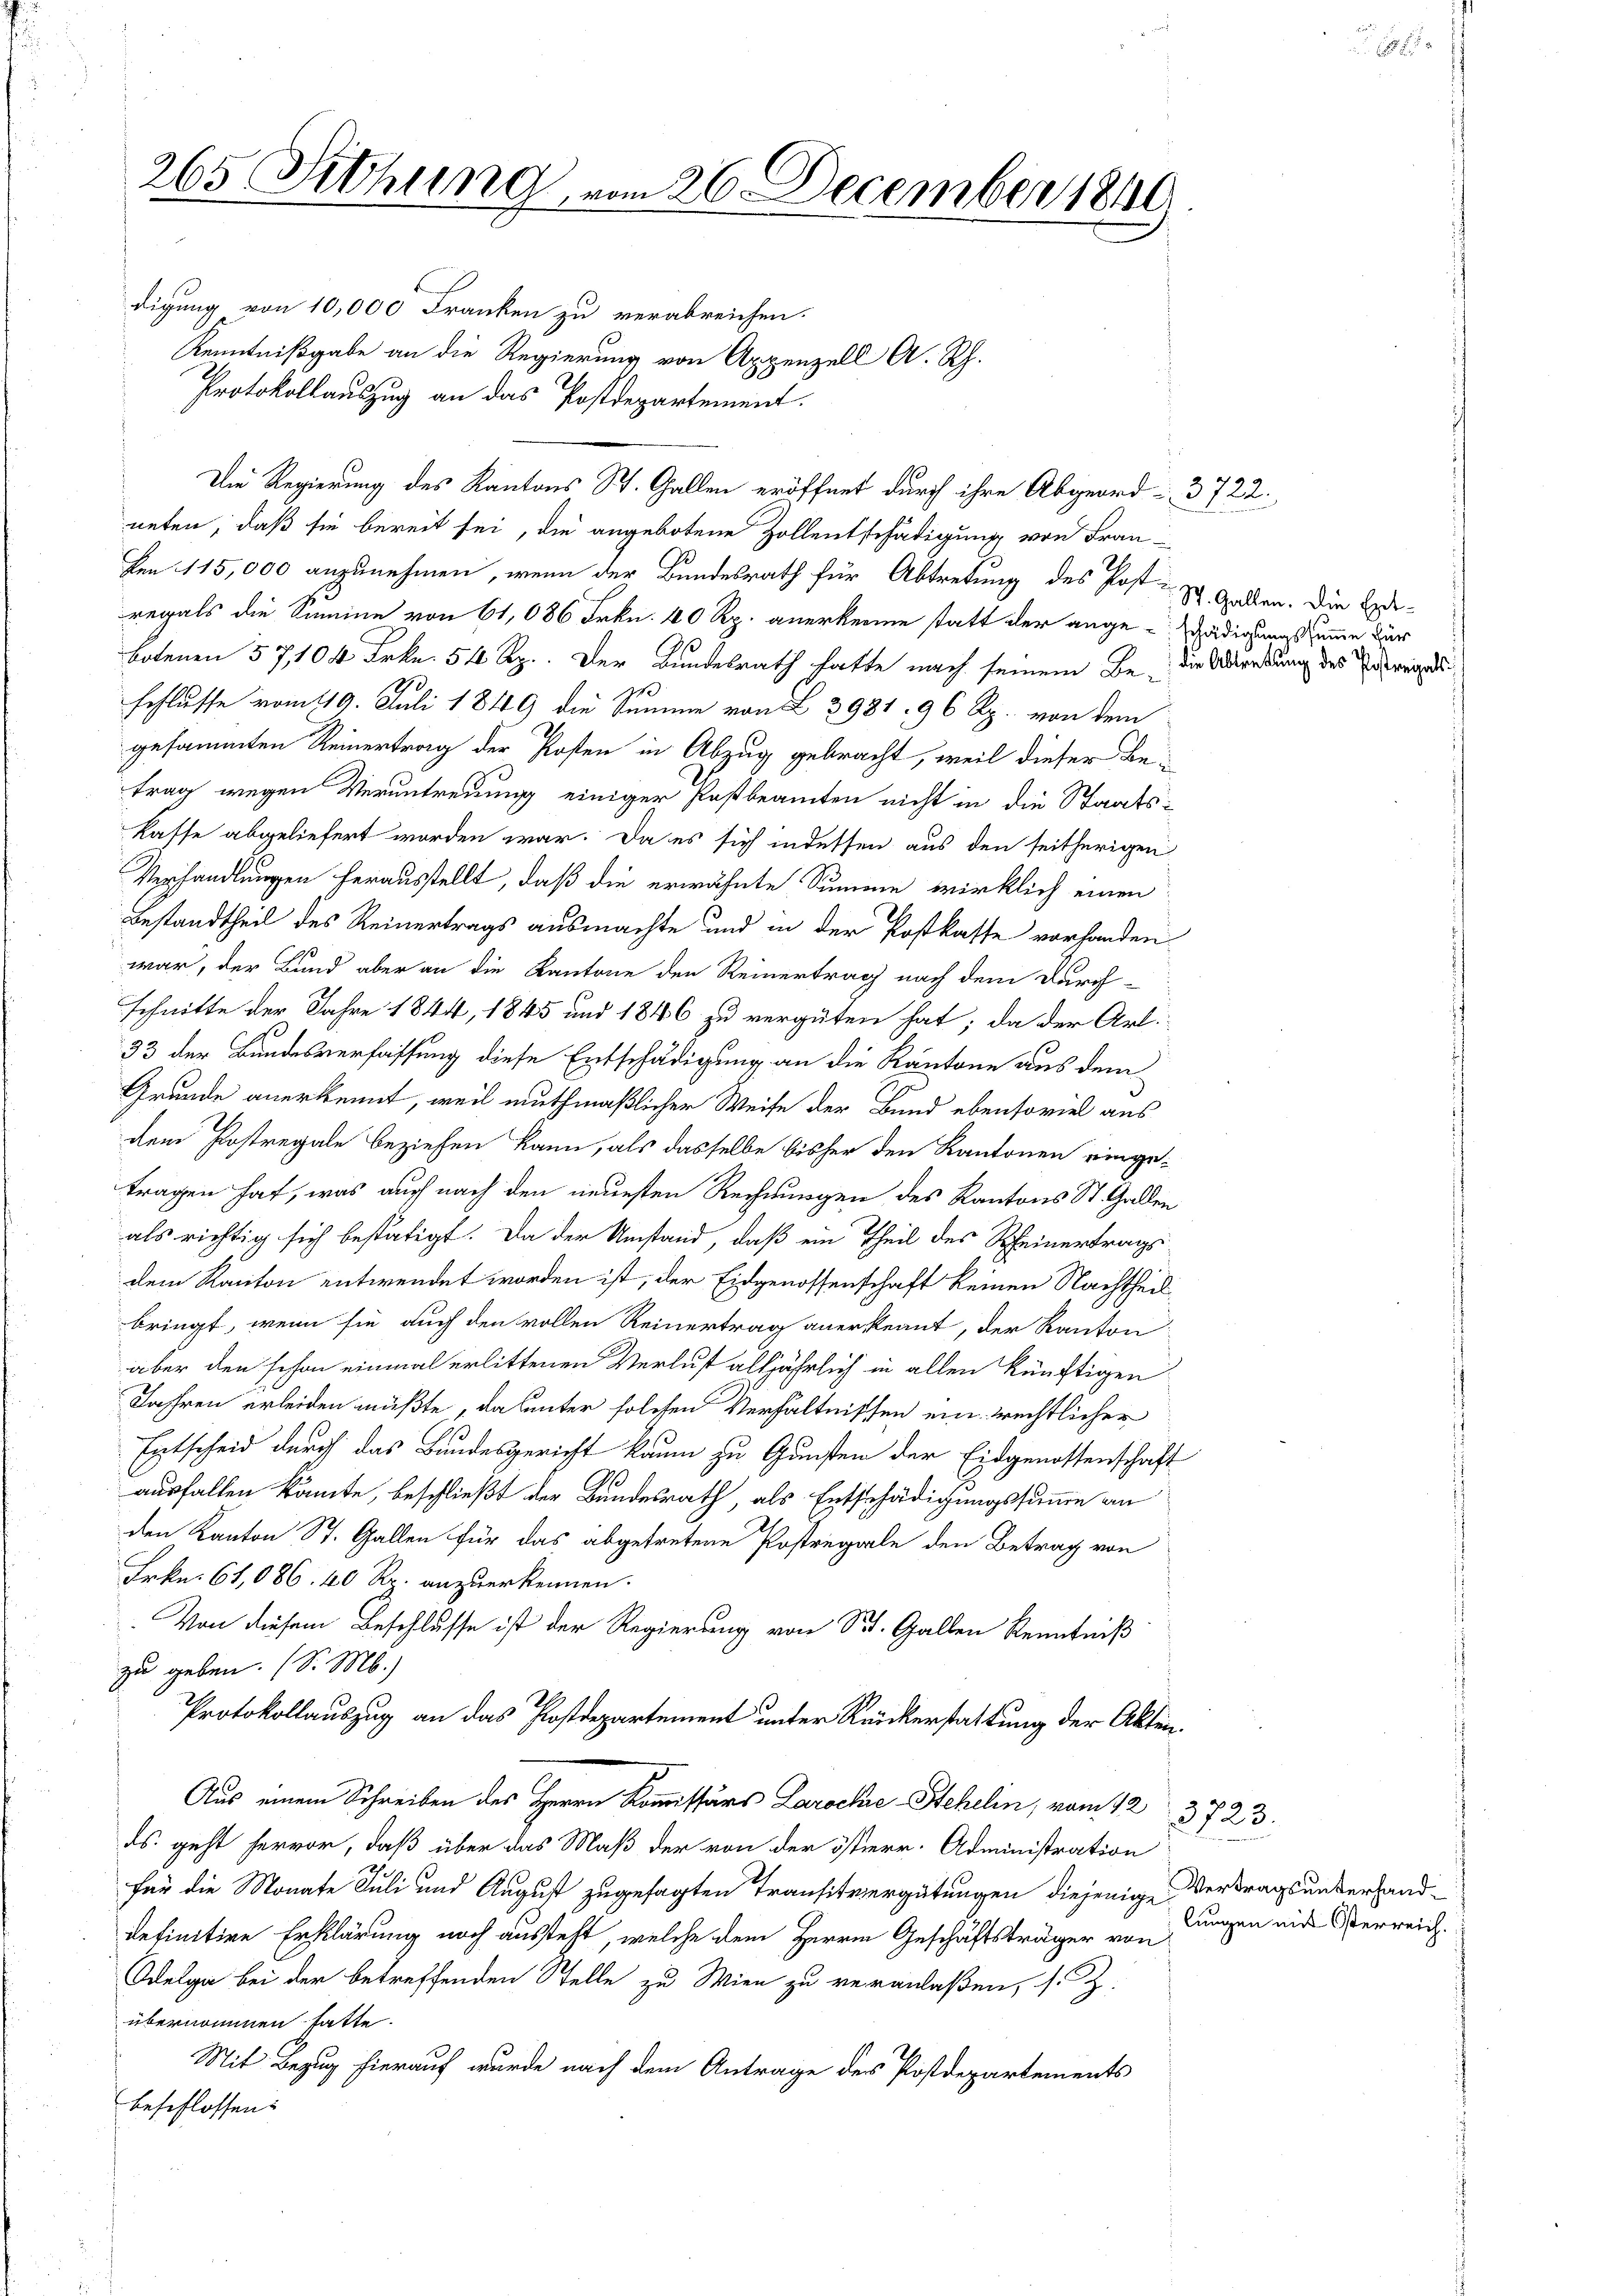
digung von 10,000 Franken zu verabreichen.
Kenntnißgabe an die Regierung von Appenzell A. Rh.
Protokollauszug an das Postdepartement.
neten, daß sie bereit sei, die angebotene Zollentschädigung von Fran-
Den 115,000 anzunehmen, wenn der Bundesrath für Abtretung des Post-
regals die Summe von 61,086 Frkn. 40 Rp. anerkenne statt der ange-ädigungssumme für
botenen 57,104 Frkn. 54 Rp. Der Bundesrath hatte nach seinem Be- die Abredung des Ereigel
schlusse vom 19. Juli 1849 die Summe von § 3981. 96 Rp. von dem
gesammten Reinertrag der Posten in Abzug gebracht, weil dieser Betrag wegen Veruntreuung einiger Postbeamten nicht in die Staatskasse abgeliefert worden war. Da es sich indessen aus den seitherigen
Verhandlungen herausstellt, daß die erwähnte Summe wirklich einen
Bestandtheil des Reinertrags ausmachte und in der Postkasse vorhanden
war, der Bund aber an die Kantone den Reinertrag nach dem Durch-
schnitte der Jahre 1844, 1845 und 1846 zu vergüten hat; da der Art.
33 der Bundesverfassung diese Entschädigung an die Kantone aus dem
Grunde anerkennt, weil muthmaßlicher Weise der Bund ebensoviel aus
dem Postregale beziehen kann, als dasselbe bisher den Kantonen einge-
tragen hat, was auch nach den neuesten Rechnungen des Kantons St. Gallen
als richtig sich bestätigt. Da der Umstand, daß ein Theil des Rheinertrags
dem Kanton entwendet worden ist, der Eidgenossenschaft keinen Nachtheil
bringt, wenn sie auch den vollen Reinertrag anerkennt, der Kanton
aber den schon einmal erlittenen Verlust alljährlich in allen künftigen
Jahren erleiden müßte, da unter solchen Verhältnissen ein rechtlicher
Entscheid durch das Bundesgericht kaum zu Gunsten der Eidgenossenschaft
ausfallen könnte, beschließt der Bundesrath, als Entschädigungssumme an
den Kanton St. Gallen für das abgetretene Postregale den Betrag von
Frkn. 61,086. 40 Rp. anzuerkennen.
Von diesem Beschlusse ist der Regierung von St. Gallen Kenntniß
zu geben. (S. M.)
Protokollauszug an das Postdepartement unter Rückerstattung der Akten.
Aus einem Schreiben des Herrn Kommissärs Larockie-Stehelin, vom 12
ds. geht hervor, daß über das Maß der von der österr. Administration
für die Monate Juli und August zugesagten Transitvergütungen diejenige Vertragsunterhanddefinitive Erklärung noch aussteht, welche dem Herren Geschäftsträger von Jungen aus erreich
Odelga bei der betreffenden Stelle zu Wien zu veranlaßen, s. Z.
übernommen hatte.
Mit Bezug hierauf wurde nach dem Antrage des Postdepartements
beschlossen:

265 Sitzung, vom 26. December 1840

Die Regierung des Kantons St. Gallen eröffnet durch ihre Abgeord- 3722.

St. Gallen. Die Ent¬

9
3723.